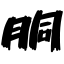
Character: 胴